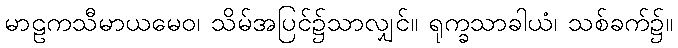
မာဠကသီမာယမေဝ၊ သိမ်အပြင်၌သာလျှင်။ ရုက္ခသာခါယံ၊ သစ်ခက်၌။